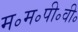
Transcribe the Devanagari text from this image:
म॰म॰पी॰वी॰